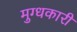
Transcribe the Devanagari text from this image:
मुग्धकारी